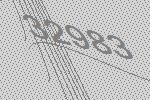
32983